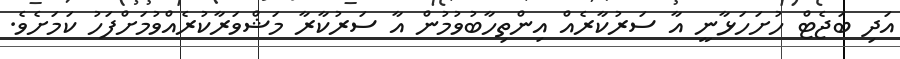
އަދި ބަޖެޓް ހުށަހަޅާނީ އާ ސަރުކާރެއް އިންތިހާބުވުމުން އާ ސަރުކާރާ މަޝްވަރާކުރެއްވުމަށްފަހު ކަމަށެވެ.